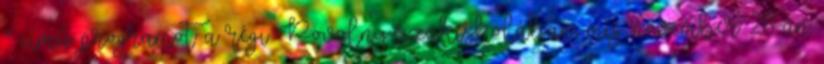
” című programot a régi Povolny-szakiskolában, míg november 28-án